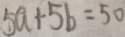
5 a + 5 b = 5 0